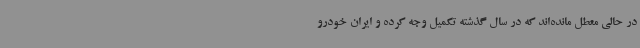
در حالی معطل مانده‌اند که در سال گذشته تکمیل وجه کرده و ایران خودرو